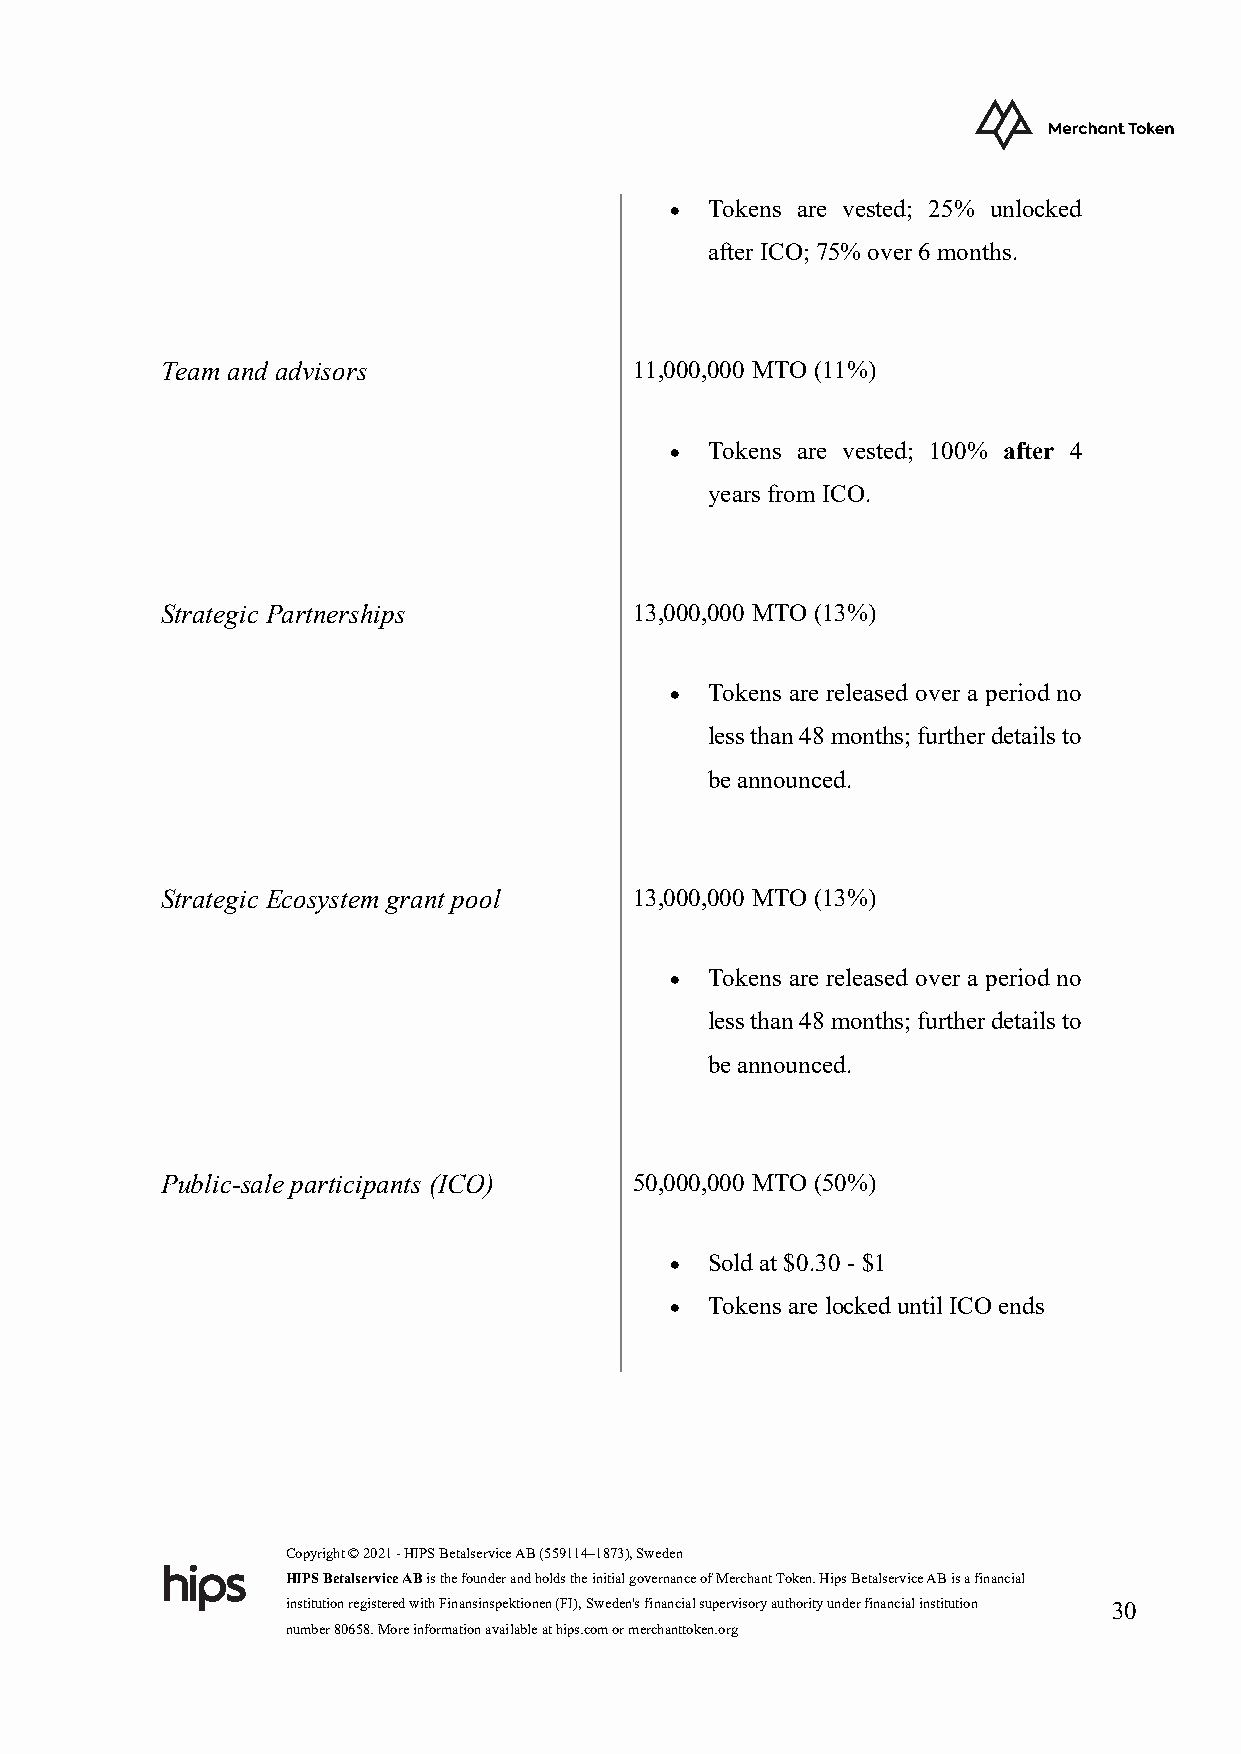
•  Tokens are vested; 25% unlocked
 after ICO; 75% over 6 months.
 Team and advisors              11,000,000 MTO (11%)
 •  Tokens are vested; 100% after 4
 years from ICO.
 Strategic Partnerships         13,000,000 MTO (13%)
 •  Tokens are released over a period no
 less than 48 months; further details to
 be announced.
 Strategic Ecosystem grant pool 13,000,000 MTO (13%)
 •  Tokens are released over a period no
 less than 48 months; further details to
 be announced.
 Public-sale participants (ICO) 50,000,000 MTO (50%)
 •  Sold at $0.30 - $1
 •  Tokens are locked until ICO ends
 Copyright © 2021 - HIPS Betalservice AB (559114–1873), Sweden
 HIPS Betalservice AB is the founder and holds the initial governance of Merchant Token. Hips Betalservice AB is a financial
 institution registered with Finansinspektionen (FI), Sweden's financial supervisory authority under financial institution 30
 number 80658. More information available at hips.com or merchanttoken.org